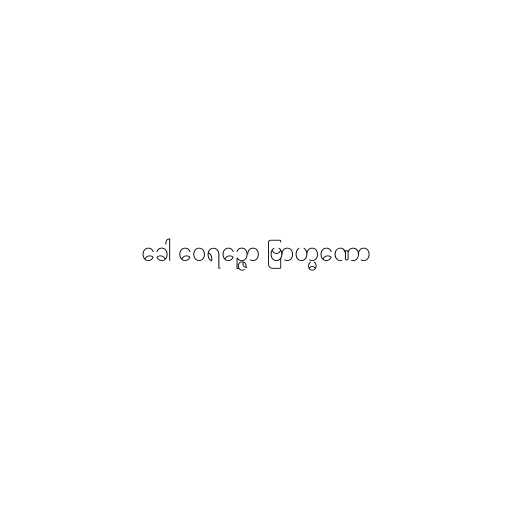
ခေါ ဝေရဉ္ဇော ဗြာဟ္မဏော